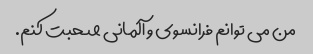
من می توانم فرانسوی و آلمانی صحبت کنم.